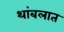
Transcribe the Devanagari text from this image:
थांबलात